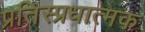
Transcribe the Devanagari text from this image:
प्रतिस्प्रधात्मक